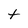
Character: t